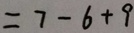
= 7 - 6 + 9